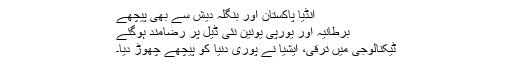
انڈیا پاکستان اور بنگلہ دیش سے بھی پیچھے
برطانیہ اور یورپی یونین نئی ڈیل پر رضامند ہوگئے
ٹيکنالوجی ميں ترقی، ايشيا نے پوری دنيا کو پيچھے چھوڑ ديا۔